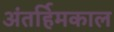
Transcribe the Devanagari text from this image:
अंतर्हिमकाल